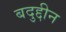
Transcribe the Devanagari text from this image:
बदुद्दीन